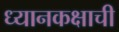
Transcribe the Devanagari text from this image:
ध्यानकक्षाची